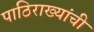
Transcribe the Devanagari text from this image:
पाठिराख्यांची